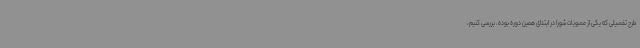
طرح تفصیلی که یکی از مصوبات شورا در ابتدای همین دوره بوده، بررسی کنیم،